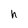
Character: h